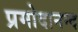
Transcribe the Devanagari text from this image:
प्रमोदानन्द